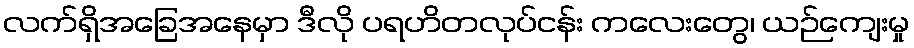
လက်ရှိအခြေအနေမှာ ဒီလို ပရဟိတလုပ်ငန်း ကလေးတွေ၊ ယဉ်ကျေးမှု